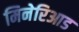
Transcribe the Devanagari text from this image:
मिनेरिआड